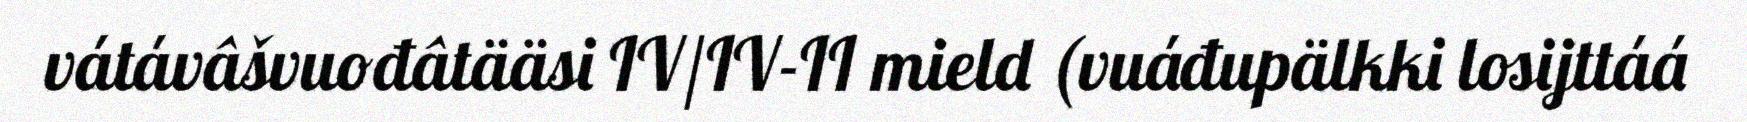
vátávâšvuođâtääsi IV/IV-II mield (vuáđupälkki losijttáá